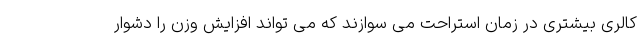
کالری بیشتری در زمان استراحت می سوازند که می تواند افزایش وزن را دشوار